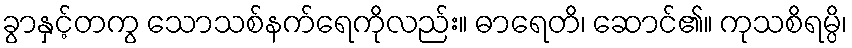
ခွာနှင့်တကွ သောသစ်နက်ရေကိုလည်း။ ဓာရေတိ၊ ဆောင်၏။ ကုသစိရမ္ပိ၊